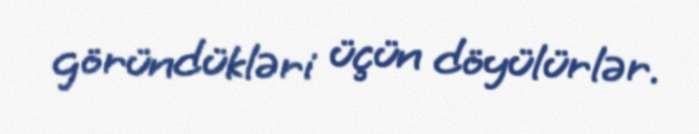
göründükləri üçün döyülürlər.